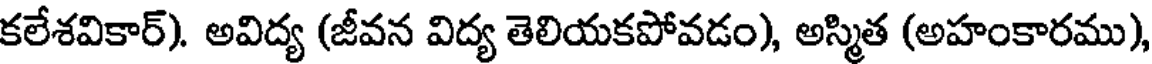
కలేశవికార్). అవిద్య (జీవన విద్య తెలియకపోవడం), అస్మిత (అహంకారము),